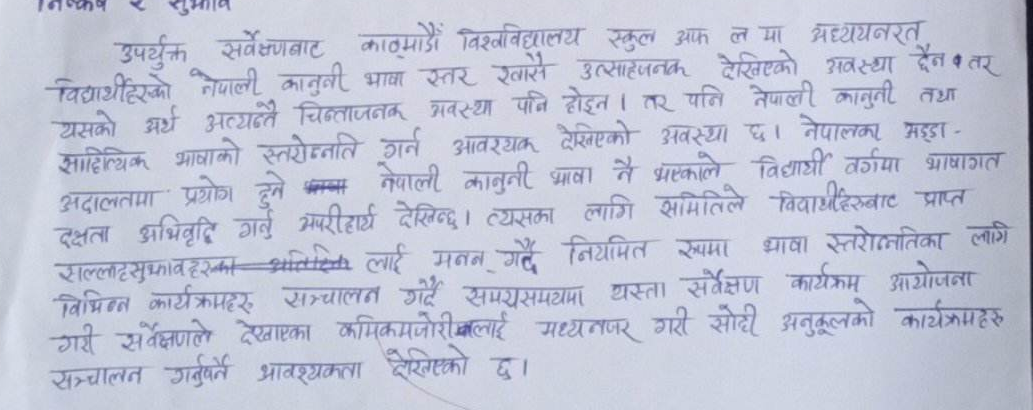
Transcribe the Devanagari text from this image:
निष्कर्ष र सुझाव
उपयुक्त सर्वेक्षणबाट काठमाडौं विश्वविद्यालय स्कूल अफ ल मा अध्ययनरत्
विद्यार्थीहरुको नेपाली कानूनी भाषा स्तर खासै उत्साहजनक देखिएको अवस्था छैन । तर
यसको अर्थ अत्यन्तै चिन्ताजनक अवस्था पनि होइन । तर पनि नेपाली कानूनी तथा
साहित्यिक भाषाको स्तरोज्न्नति गर्न आवश्यक देखिएको अवस्था छ । नेपालमा भइरहेका
अदालतमा प्रयोग हुने प्रमुख नेपाली कानूनी भाषा नै भएकाले विद्यार्थी वर्गमा भाषागत
दक्षता अभिवृद्धि गर्नु अपरिहार्य देखिन्छ । त्यसका लागि समितिले विद्यार्थीहरुबाट प्राप्त
सल्लाहसुझावहरूका अतिरिक्त लाई मनन् गर्दै नियमित रुपमा भाषा स्तरोन्नतिका लागि
विभिन्न कार्यक्रमहरु सञ्चालन गर्दै समयसमयमा यस्ता सर्वेक्षण कार्यक्रम आयोजना
गरी सर्वेक्षणले देखाएका कमिकमजोरीबलाई मध्यनजर गरी सोही अनुकुलको कार्यक्रमहरू
सञ्चालन गर्नुपर्ने आवश्यकता देखिएको छ ।